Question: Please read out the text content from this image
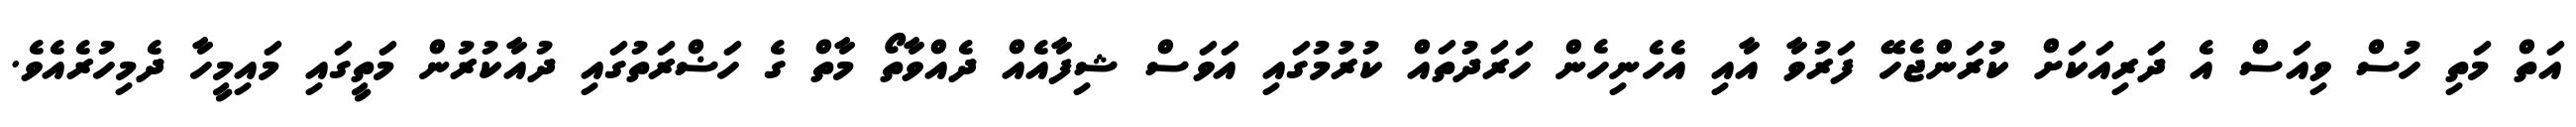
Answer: އަތް މަތި ހުސް ވިއަސް އެ ދަރިއަކަށް ކުރަންޖެހޭ ފަރުވާ އާއި އެހެނިހެން ހަރަދުތައް ކުރުމުގައި އަވަސް ޝިފާއެއް ދެއްވާތޯ މާތް ގެ ހަޟްރަތުގައި ދުއާކުރުން މަތީގައި މައިމީހާ ދެމިހުރެއެވެ.